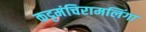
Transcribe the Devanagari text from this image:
कट्टमंचिरामलिंगा